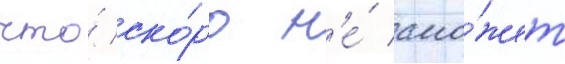
что́ ско́ро н'е́ смо́жет